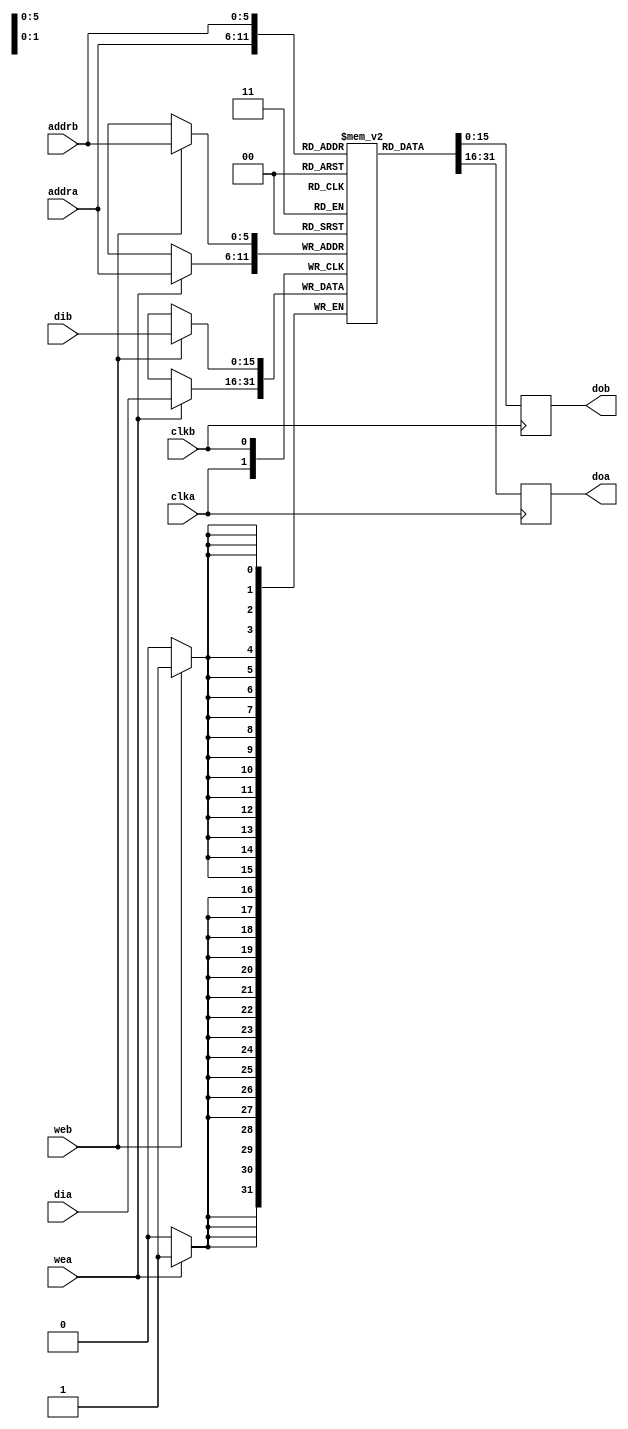
////////////////////////////////////////////////////////////////////////////////
//
// FPGAVN.COM
//
// Description  : This is the True Dual Port RAM module. There are 3 ways to 
// implement RAM into a design:
//  + Inference
//  + Core Generator
//  + Instantiation (Macro, Primitive)
//  In this design, Inference method is used.
// 
// Limitation:
//  + Write width = Read width
//  + 1 Cycle clock latency. If need more clock latency, pipeline registers must 
// be implemented out side.
//  + Algorithm for optimal (area, performance, power) depend on setting of 
// synthesis tool.
//  + Operation mode is only NO_CHANGE.
//
// History (Date, Changed By)
//
////////////////////////////////////////////////////////////////////////////////

module tdp_bram_inf
    (
     clka,
     wea,
     addra,
     dia,
     doa,

     clkb,
     web,
     addrb,
     dib,
     dob
     );

//////////////////////////////////////////////////////////////////////////////
// Parameter declarations
parameter           G_ADDR  = 6;
parameter           G_WIDTH = 16;

localparam          G_DEPTH = 2**G_ADDR;
         
////////////////////////////////////////////////////////////////////////////////
// Port declarations
input                clka;
input                wea;
input [G_ADDR-1:0]   addra;
input [G_WIDTH-1:0]  dia;
output [G_WIDTH-1:0] doa;

input                clkb;
input                web;
input [G_ADDR-1:0]   addrb;
input [G_WIDTH-1:0]  dib;
output [G_WIDTH-1:0] dob;

////////////////////////////////////////////////////////////////////////////////
// Local logic and instantiation
reg [G_WIDTH-1:0]    RAM[G_DEPTH-1:0];
reg [G_WIDTH-1:0]    doa, dob;

always @(posedge clka)
    begin
    if (wea) RAM[addra] <= dia;
    doa <= RAM[addra];
    end

always @(posedge clkb)
    begin
    if (web) RAM[addrb] <= dib;
    dob <= RAM[addrb];
    end

endmodule